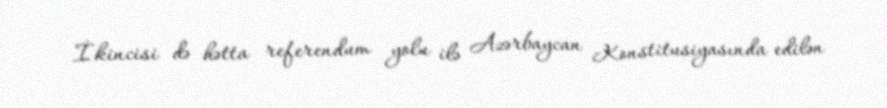
İkincisi də hətta referendum yolu ilə Azərbaycan Konstitusiyasında edilən